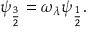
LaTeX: \psi _ { \frac { 3 } { 2 } } = \omega _ { \lambda } \psi _ { \frac { 1 } { 2 } } .